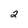
Character: 2